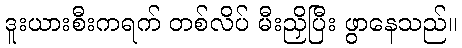
ဒူးယားစီးကရက် တစ်လိပ် မီးညှိပြီး ဖွာနေသည်။